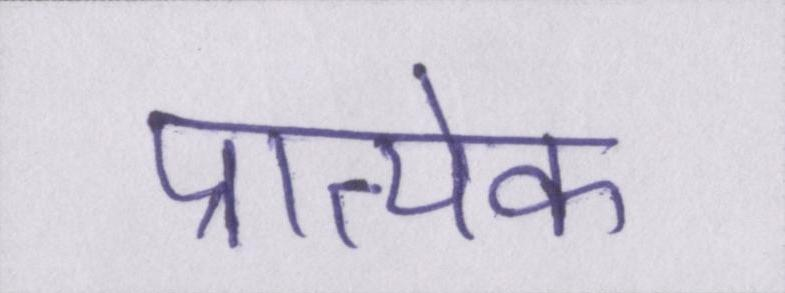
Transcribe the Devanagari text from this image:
प्रात्येक